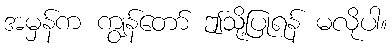
အမှန်က ကျွန်တော် ဤသို့ပြုရန် မလိုပါ။